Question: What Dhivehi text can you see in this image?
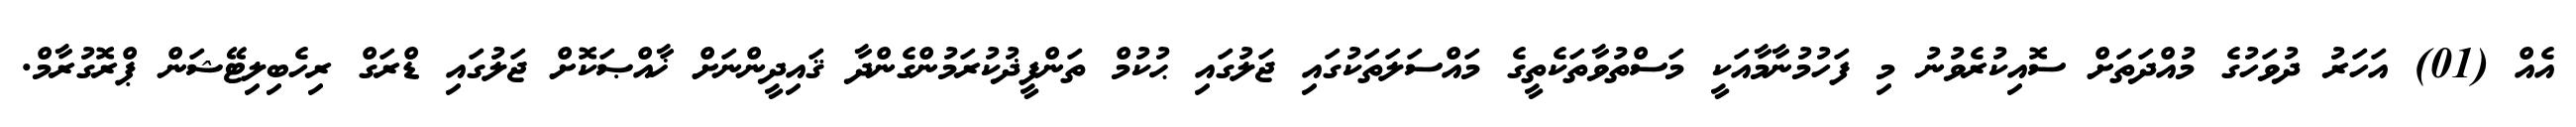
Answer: އެއް (01) އަހަރު ދުވަހުގެ މުއްދަތަށް ސޮއިކުރެވުނު މި ފަހުމުނާމާއަކީ މަސްތުވާތަކެތީގެ މައްސަލަތަކުގައި ޖަލުގައި ޙުކުމް ތަންފީޛުކުރަމުންގެންދާ ޤައިދީންނަށް ޚާއްޞަކޮށް ޖަލުގައި ޑްރަގް ރިހެބިލިޓޭޝަން ޕްރޮގުރާމް.